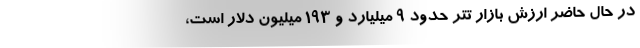
در حال حاضر ارزش بازار تتر حدود ۹ میلیارد و ۱۹۳ میلیون دلار است،